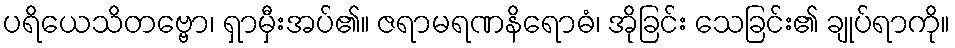
ပရိယေသိတဗ္ဗော၊ ရှာမှီးအပ်၏။ ဇရာမရဏနိရောဓံ၊ အိုခြင်း သေခြင်း၏ ချုပ်ရာကို။